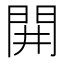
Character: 𨳩